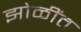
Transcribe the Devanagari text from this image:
झोळींत